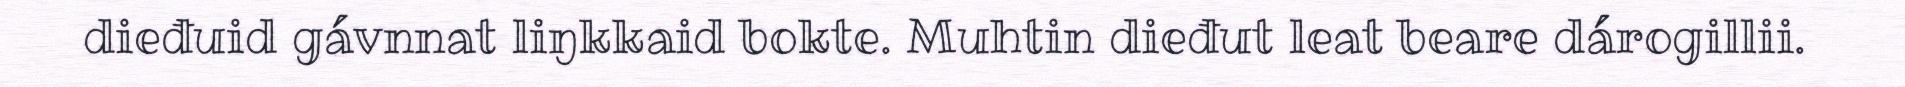
dieđuid gávnnat liŋkkaid bokte. Muhtin dieđut leat beare dárogillii.